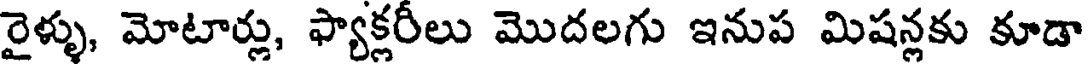
రైళ్ళు, మోటార్లు, ఫ్యాక్లరీలు మొదలగు ఇనుప మిషన్లకు కూడా